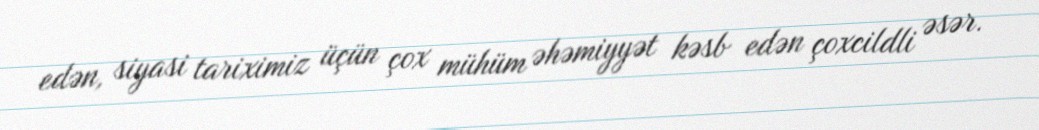
edən, siyasi tariximiz üçün çox mühüm əhəmiyyət kəsb edən çoxcildli əsər.